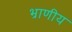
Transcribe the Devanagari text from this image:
भ्राणीय